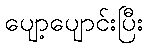
ပျော့ပျောင်းပြီး